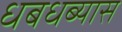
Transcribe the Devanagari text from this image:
धबधब्यास